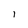
Character: l